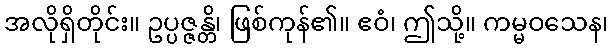
အလိုရှိတိုင်း။ ဥပ္ပဇ္ဇန္တိ၊ ဖြစ်ကုန်၏။ ဧဝံ၊ ဤသို့။ ကမ္မဝသေန၊